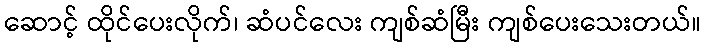
ဆောင့် ထိုင်ပေးလိုက်၊ ဆံပင်လေး ကျစ်ဆံမြီး ကျစ်ပေးသေးတယ်။